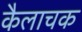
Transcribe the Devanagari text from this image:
कैलाचक